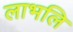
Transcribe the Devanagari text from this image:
लाभलि